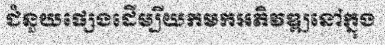
ជំនួយផ្សេងដើម្បីយកមកអភិវឌ្ឍនៅក្នុង